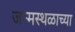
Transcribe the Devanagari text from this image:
जन्मस्थळाच्या